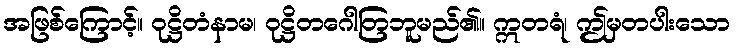
အဖြစ်ကြောင့်။ ဝုဋ္ဌိတံနာမ၊ ဝုဋ္ဌိတဂေါတြဘူမည်၏။ ဣတရံ၊ ဤမှတပါးသော